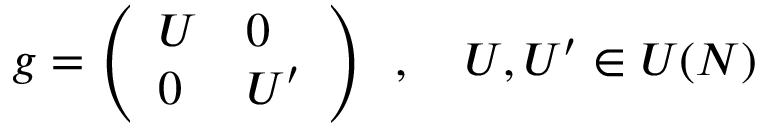
g = \left( \begin{array} { l l } { { U } } & { { 0 } } \\ { { 0 } } & { { U ^ { \prime } } } \end{array} \right) \, \, \, , \, \, \, \, \, \, U , U ^ { \prime } \in U ( N )